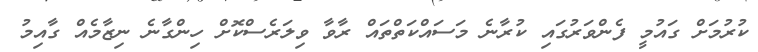
ކުރުމަށް ގައުމީ ފެންވަރުގައި ކުރާނެ މަސައްކަތްތައް ރާވާ ވިލަރެސްކޮށް ހިންގާނެ ނިޒާމެއް ގާއިމު